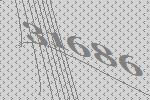
31686